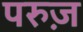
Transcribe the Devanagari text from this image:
परुज़